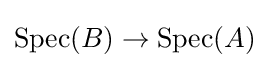
\operatorname {Spec} (B)\to \operatorname {Spec} (A)